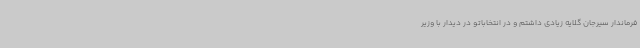
فرماندار سیرجان گلایه زیادی داشتم و در انتخاباتو در دیدار با وزیر